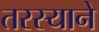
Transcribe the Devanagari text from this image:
तरस्याने